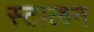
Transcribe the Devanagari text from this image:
स्टालन